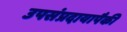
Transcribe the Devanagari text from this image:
उपसंप्रदायापैकी